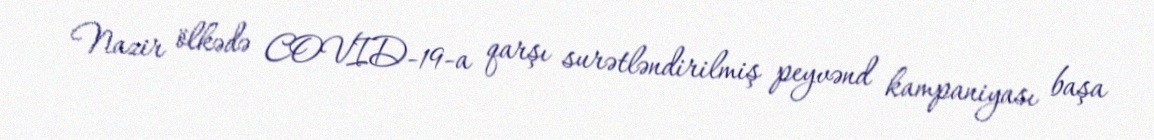
Nazir ölkədə COVID-19-a qarşı surətləndirilmiş peyvənd kampaniyası başa